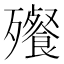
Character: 𬆝